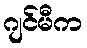
ဂျင်မီက